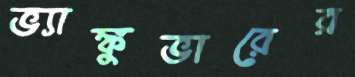
ভ্যাঙ্কুভারের